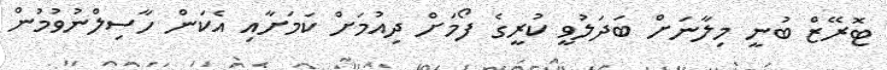
ޓޮރޭޒް ބުނީ މިލާނަށް ބަދަލުވީ ކުރީގެ ފޯމަށް ދިއުމަށް ކަމަށާއި އެކަން ހާސިލްނުވުމުން